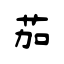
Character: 茄